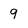
Character: 9